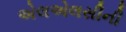
એલએલસીની